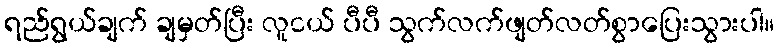
ရည်ရွယ်ချက် ချမှတ်ပြီး လူငယ် ပီပီ သွက်လက်ဖျတ်လတ်စွာပြေးသွားပါ။